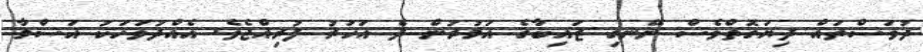
ދުވަސްތައް ދިޔަގޮތްވެސް ނޭނގި ޒައިބާގެ އަމުރުން ދެ އަހަރު ފުރިއްޖެވެ. އެއްދުވަހަކު އަސްމާ